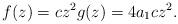
LaTeX: \begin{align*} f(z)=cz^2 g(z)=4a_1cz^2.\end{align*}